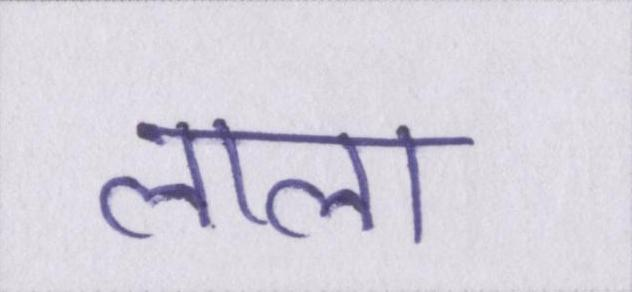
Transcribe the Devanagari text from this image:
लाला